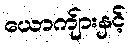
ယောကျ်ားနှင့်